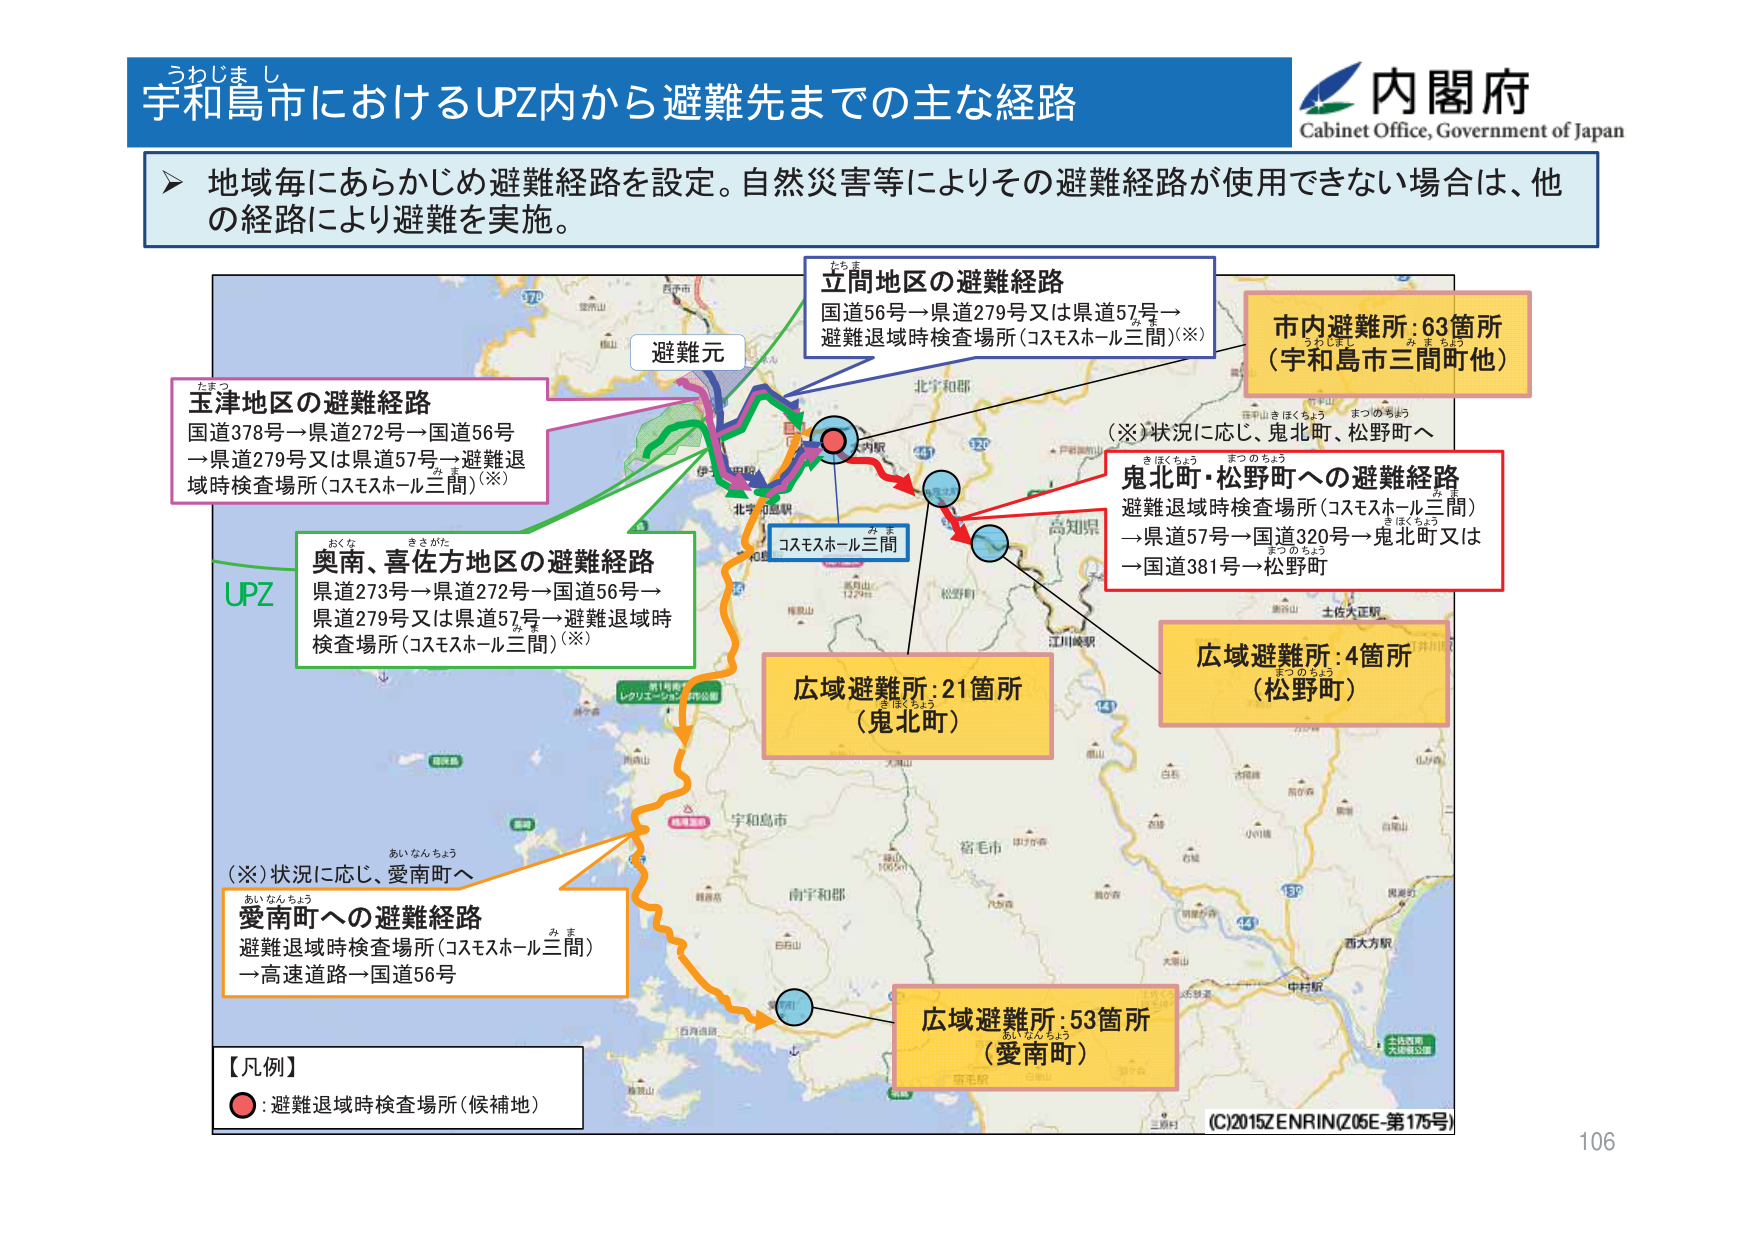
うわじま し
宇和島市におけるUPZ内から避難先までの主な経路

内閣府
Cabinet Office, Government of Japan

▶ 地域毎にあらかじめ避難経路を設定。自然災害等によりその避難経路が使用できない場合は、他の経路により避難を実施。

避難元

立間地区の避難経路
国道56号→県道279号又は県道57号→
避難退域時検査場所（コスモスホール三間）（※）

市内避難所：63箇所
（宇和島市三間町他）

（※）状況に応じ、鬼北町、松野町へ

玉津地区の避難経路
国道378号→県道272号→国道56号
→県道279号又は県道57号→避難退域時検査場所（コスモスホール三間）（※）

奥南、喜佐方地区の避難経路
県道273号→県道272号→国道56号→
県道279号又は県道57号→避難退域時検査場所（コスモスホール三間）（※）

鬼北町・松野町への避難経路
避難退域時検査場所（コスモスホール三間）
→県道57号→国道320号→鬼北町又は
→国道381号→松野町

UPZ

広域避難所：21箇所
（鬼北町）

広域避難所：4箇所
（松野町）

（※）状況に応じ、愛南町へ

愛南町への避難経路
避難退域時検査場所（コスモスホール三間）
→高速道路→国道56号

【凡例】
●：避難退域時検査場所（候補地）

広域避難所：53箇所
（愛南町）

(C)2015 ZENRIN (Z05E-第175号)
106